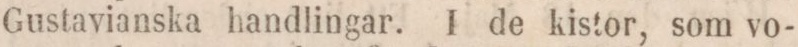
Gustavianska handlingar. I de kistor, som vo-